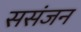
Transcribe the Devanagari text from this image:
ससंजन